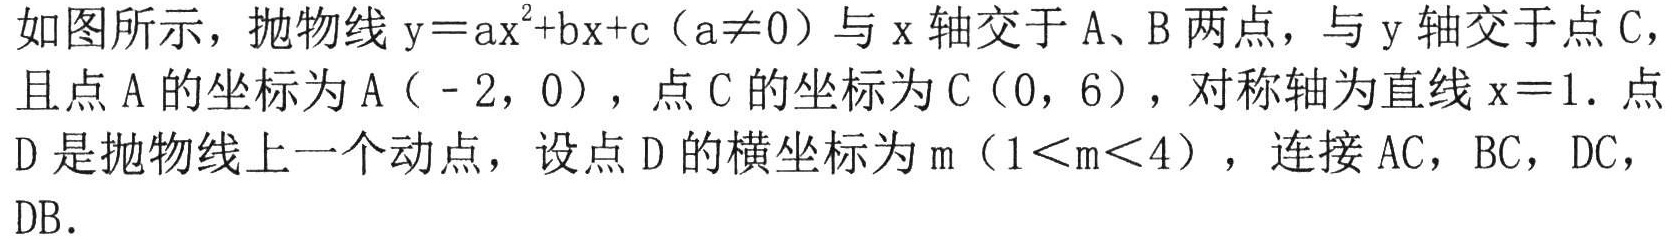
如图所示，抛物线\(y = ax^{2}+bx + c(a\neq0)\)与\(x\)轴交于\(A\)、\(B\)两点，与\(y\)轴交于点\(C\)，且点\(A\)的坐标为\(A(-2,0)\)，点\(C\)的坐标为\(C(0,6)\)，对称轴为直线\(x = 1\)．点\(D\)是抛物线上一个动点，设点\(D\)的横坐标为\(m(1\lt m\lt4)\)，连接\(AC\)，\(BC\)，\(DC\)，\(DB\)．